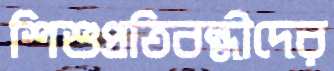
শিশুপ্রতিবন্ধীদের